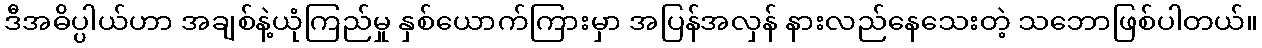
ဒီအဓိပ္ပါယ်ဟာ အချစ်နဲ့ယုံကြည်မှု နှစ်ယောက်ကြားမှာ အပြန်အလှန် နားလည်နေသေးတဲ့ သဘောဖြစ်ပါတယ်။